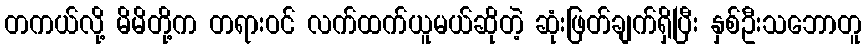
တကယ်လို့ မိမိတို့က တရားဝင် လက်ထက်ယူမယ်ဆိုတဲ့ ဆုံးဖြတ်ချက်ရှိပြီး နှစ်ဦးသဘောတူ